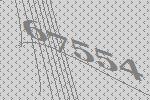
67554